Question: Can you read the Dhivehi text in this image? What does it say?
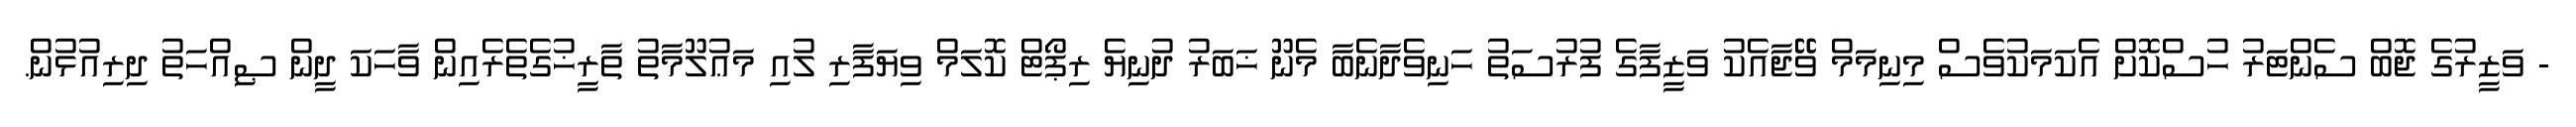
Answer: - ވަޒީރުގެ ޖޮބް ސެންޓަރު ހުސްކޮށް އެކަމަކުވެސް މިނިމަމް ވޭޭޖާއެކު ވަޒީފާގެ ފުރުސަތު ހަނިވެދާނެބާ މެނޫ ޚަބަރު ދުނިޔެ ރިޕޯޓް ކޮލަމް ވިޔަފާރި ލުއި މަޢުލޫމާތު ތާރީޚުގެތެރެއިން ވާހަކަ ދީން ޞިއްހަތު ދިރިއުޅުން.